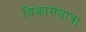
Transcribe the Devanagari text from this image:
विकासयात्रा